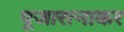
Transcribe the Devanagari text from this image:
पूजारत्नाकर